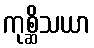
ကုစ္ဆိသယာ